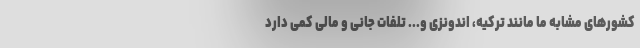
کشورهای مشابه ما مانند ترکیه، اندونزی و... تلفات جانی و مالی کمی دارد